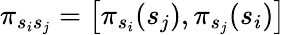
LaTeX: \pi_{s_{i}s_{j}}=\left[\pi_{s_{i}}(s_{j}),\pi_{s_{j}}(s_{i})\right]